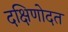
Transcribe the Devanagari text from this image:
दक्षिणोदत